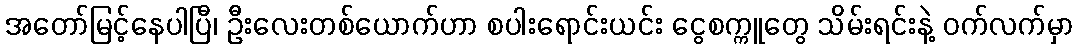
အတော်မြင့်နေပါပြီ၊ ဦးလေးတစ်ယောက်ဟာ စပါးရောင်းယင်း ငွေစက္ကူတွေ သိမ်းရင်းနဲ့ ဝက်လက်မှာ